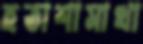
হতাশামাখা